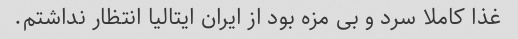
غذا کاملا سرد و بی مزه بود از ایران ایتالیا انتظار نداشتم.